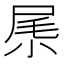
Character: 𡱵